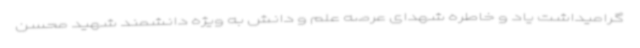
گرامیداشت یاد و خاطره شهدای عرصه علم و دانش به ویژه دانشمند شهید محسن